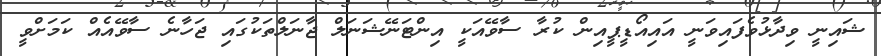
ޝައިނީ ވިދާޅުވެފައިވަނީ އައިއޯޑީޕީއިން ކުރާ ސާވޭއަކީ އިންޓަނޭޝަނަލް ޖާނަލްތަކުގައި ޖަހާނެ ސާވޭއެއް ކަމަށްވީ